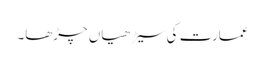
عمارت کی سیڑھیاں چڑھا۔